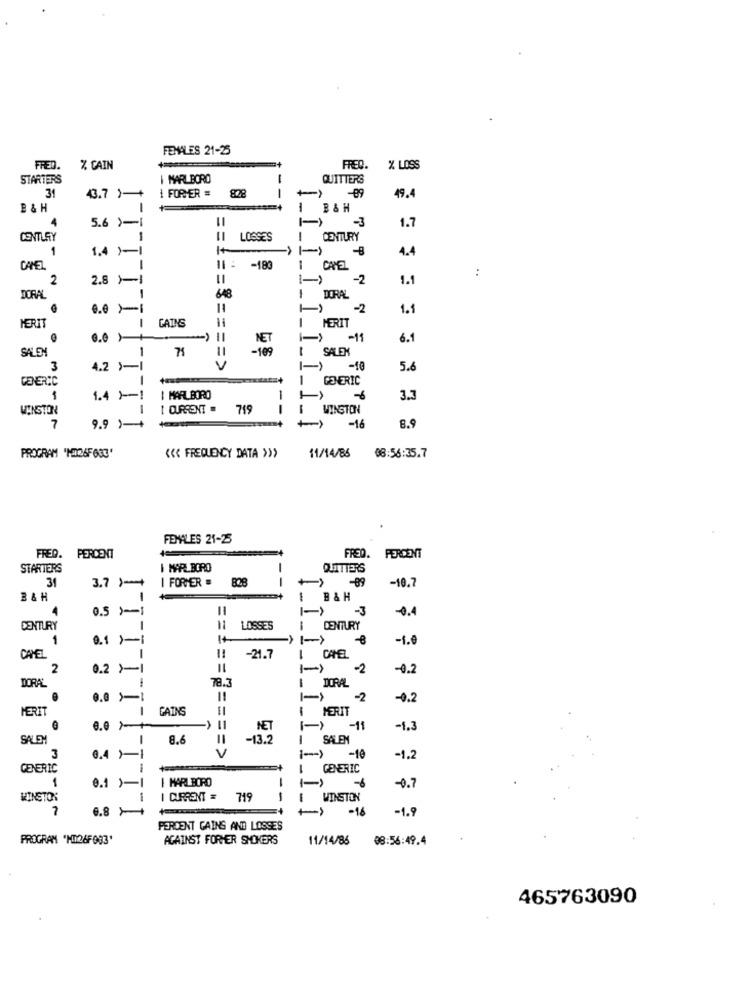
FEMALES 21-25
FRED.
% CAIN
FREQ.
X LOSS
STARTERS
I MARLBORO
QUITTERS
I FORMER =
31
43.7 )-+
828
-89
49.4
B&H
B&H
-
5.6 )-1
-3
1.7
CENTURY
LOSSES
CENTURY
1
1.4 )-1
4.4
CAMEL
-18
CAYEL
:
2
2.8 )-1
1-)
-2
1.1
DORAL
648
DORAL
0.0 ×1
11
-2
1.1
GAINS
MERIT
MERIT
0.0)+
-19
6.1
SALEN
1
71
SALEX
11
1
3
4.2 >-1
-10
5.6
GENERIC
GENERIC
1.4 ) -- 1
I MARLBORO
3.3
WINSTON
I CURRENT . 719
WINSTON
7
9.9 11
-16
8.9
PROGRAM 'NI26FORE'
<<< FREQUENCY DATA >>>
11/14/86
08:56:35.7
FEMALES 21-25
FRED. PERCENT
FREQ. PERCENT
STARTERS
I MARLBORO
QUITTERS
31
3.7 )-+
I FORMER .
828
-10.7
B&H
1
B & H
0.5 )-
1-)
-3
-0.4
CENTURY
11
LOSSES
CENTURY
1
0.1 )-i
1+
->
-1.0
CAVEL
-21.7
CAMEL
2
0.2 ×1
I-)
-2
-0.2
78.3
DORA
DORAL
0.0 >-
-2
-0.2
MERIT
GAINS
= =
MERIT
0.0 }+
11
NET
-11
-1,3
SALEM
-13.2
SALEN
3
V
6.4 Y-1
/-
-10
-1.2
GENERIC
GENERIC
1
I MARLBORO
-
0.1 )-
-0.7
WINSTON
1
I CURRENT =
719
1
E WINSTON
6.81
-16
-1.9
1.1 1 1 1 1 1 1_1
PERDENT GAINS AND LOSSES
PROGRAM "MY26F983'
AGAINST FORHER SHOKERS
11/14/86 08:56:49.4
465763090